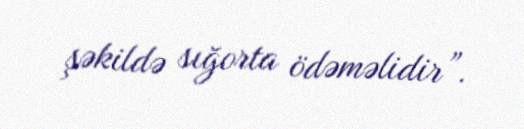
şəkildə sığorta ödəməlidir”.